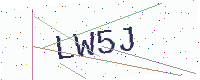
Text: LW5J